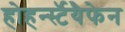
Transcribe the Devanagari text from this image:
होहर्न्स्टॅयैफेन